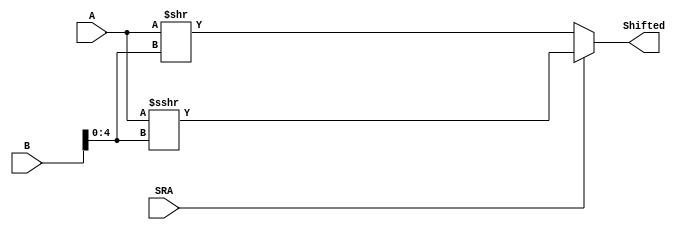
module RightShifter (
    input signed [31:0] A, B,
    input SRA,
    output reg [31:0] Shifted
);
    always @ (A, B, SRA)
        if (SRA == 0) 
            Shifted = A >> B[4:0];
        else 
            Shifted = A >>> B[4:0];

endmodule